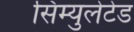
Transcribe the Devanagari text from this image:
सिम्युलेटेड